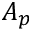
A _ { p }